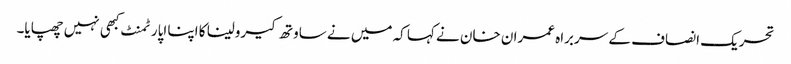
تحریک انصاف کے سربراہ عمران خان نے کہا کہ میں نے ساوتھ کیرولینا کا اپنا اپارٹمنٹ کبھی نہیں چھپایا۔